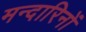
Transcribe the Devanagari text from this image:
मन्दारिनों